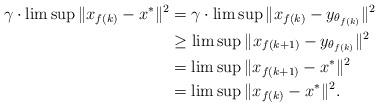
LaTeX: \begin{align*} \gamma\cdot\limsup\Vert x_{f(k)}-x^*\Vert^2&=\gamma\cdot\limsup\Vert x_{f(k)}-y_{\theta_{f(k)}}\Vert^2\\ &\ge\limsup\Vert x_{f(k+1)}-y_{\theta_{f(k)}}\Vert^2\\ &=\limsup\Vert x_{f(k+1)}-x^*\Vert^2\\ &=\limsup\Vert x_{f(k)}-x^*\Vert^2.\end{align*}